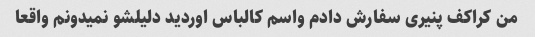
من کراکف پنیری سفارش دادم واسم کالباس اوردید دلیلشو نمیدونم واقعا